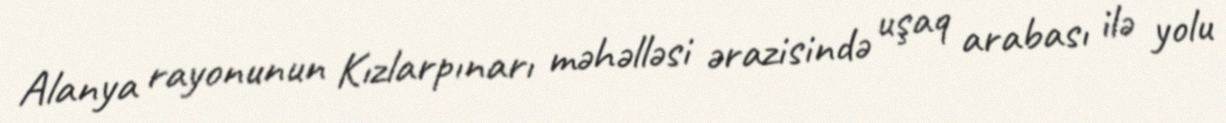
Alanya rayonunun Kızlarpınarı məhəlləsi ərazisində uşaq arabası ilə yolu